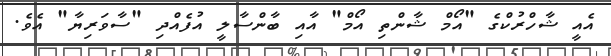
އެއީ ޝާހްރުކްގެ "އޯމް ޝާންތި އޯމް" އާއި ބާންސާލީ އުފެއްދި "ސާވަރިޔާ" އެވެ.